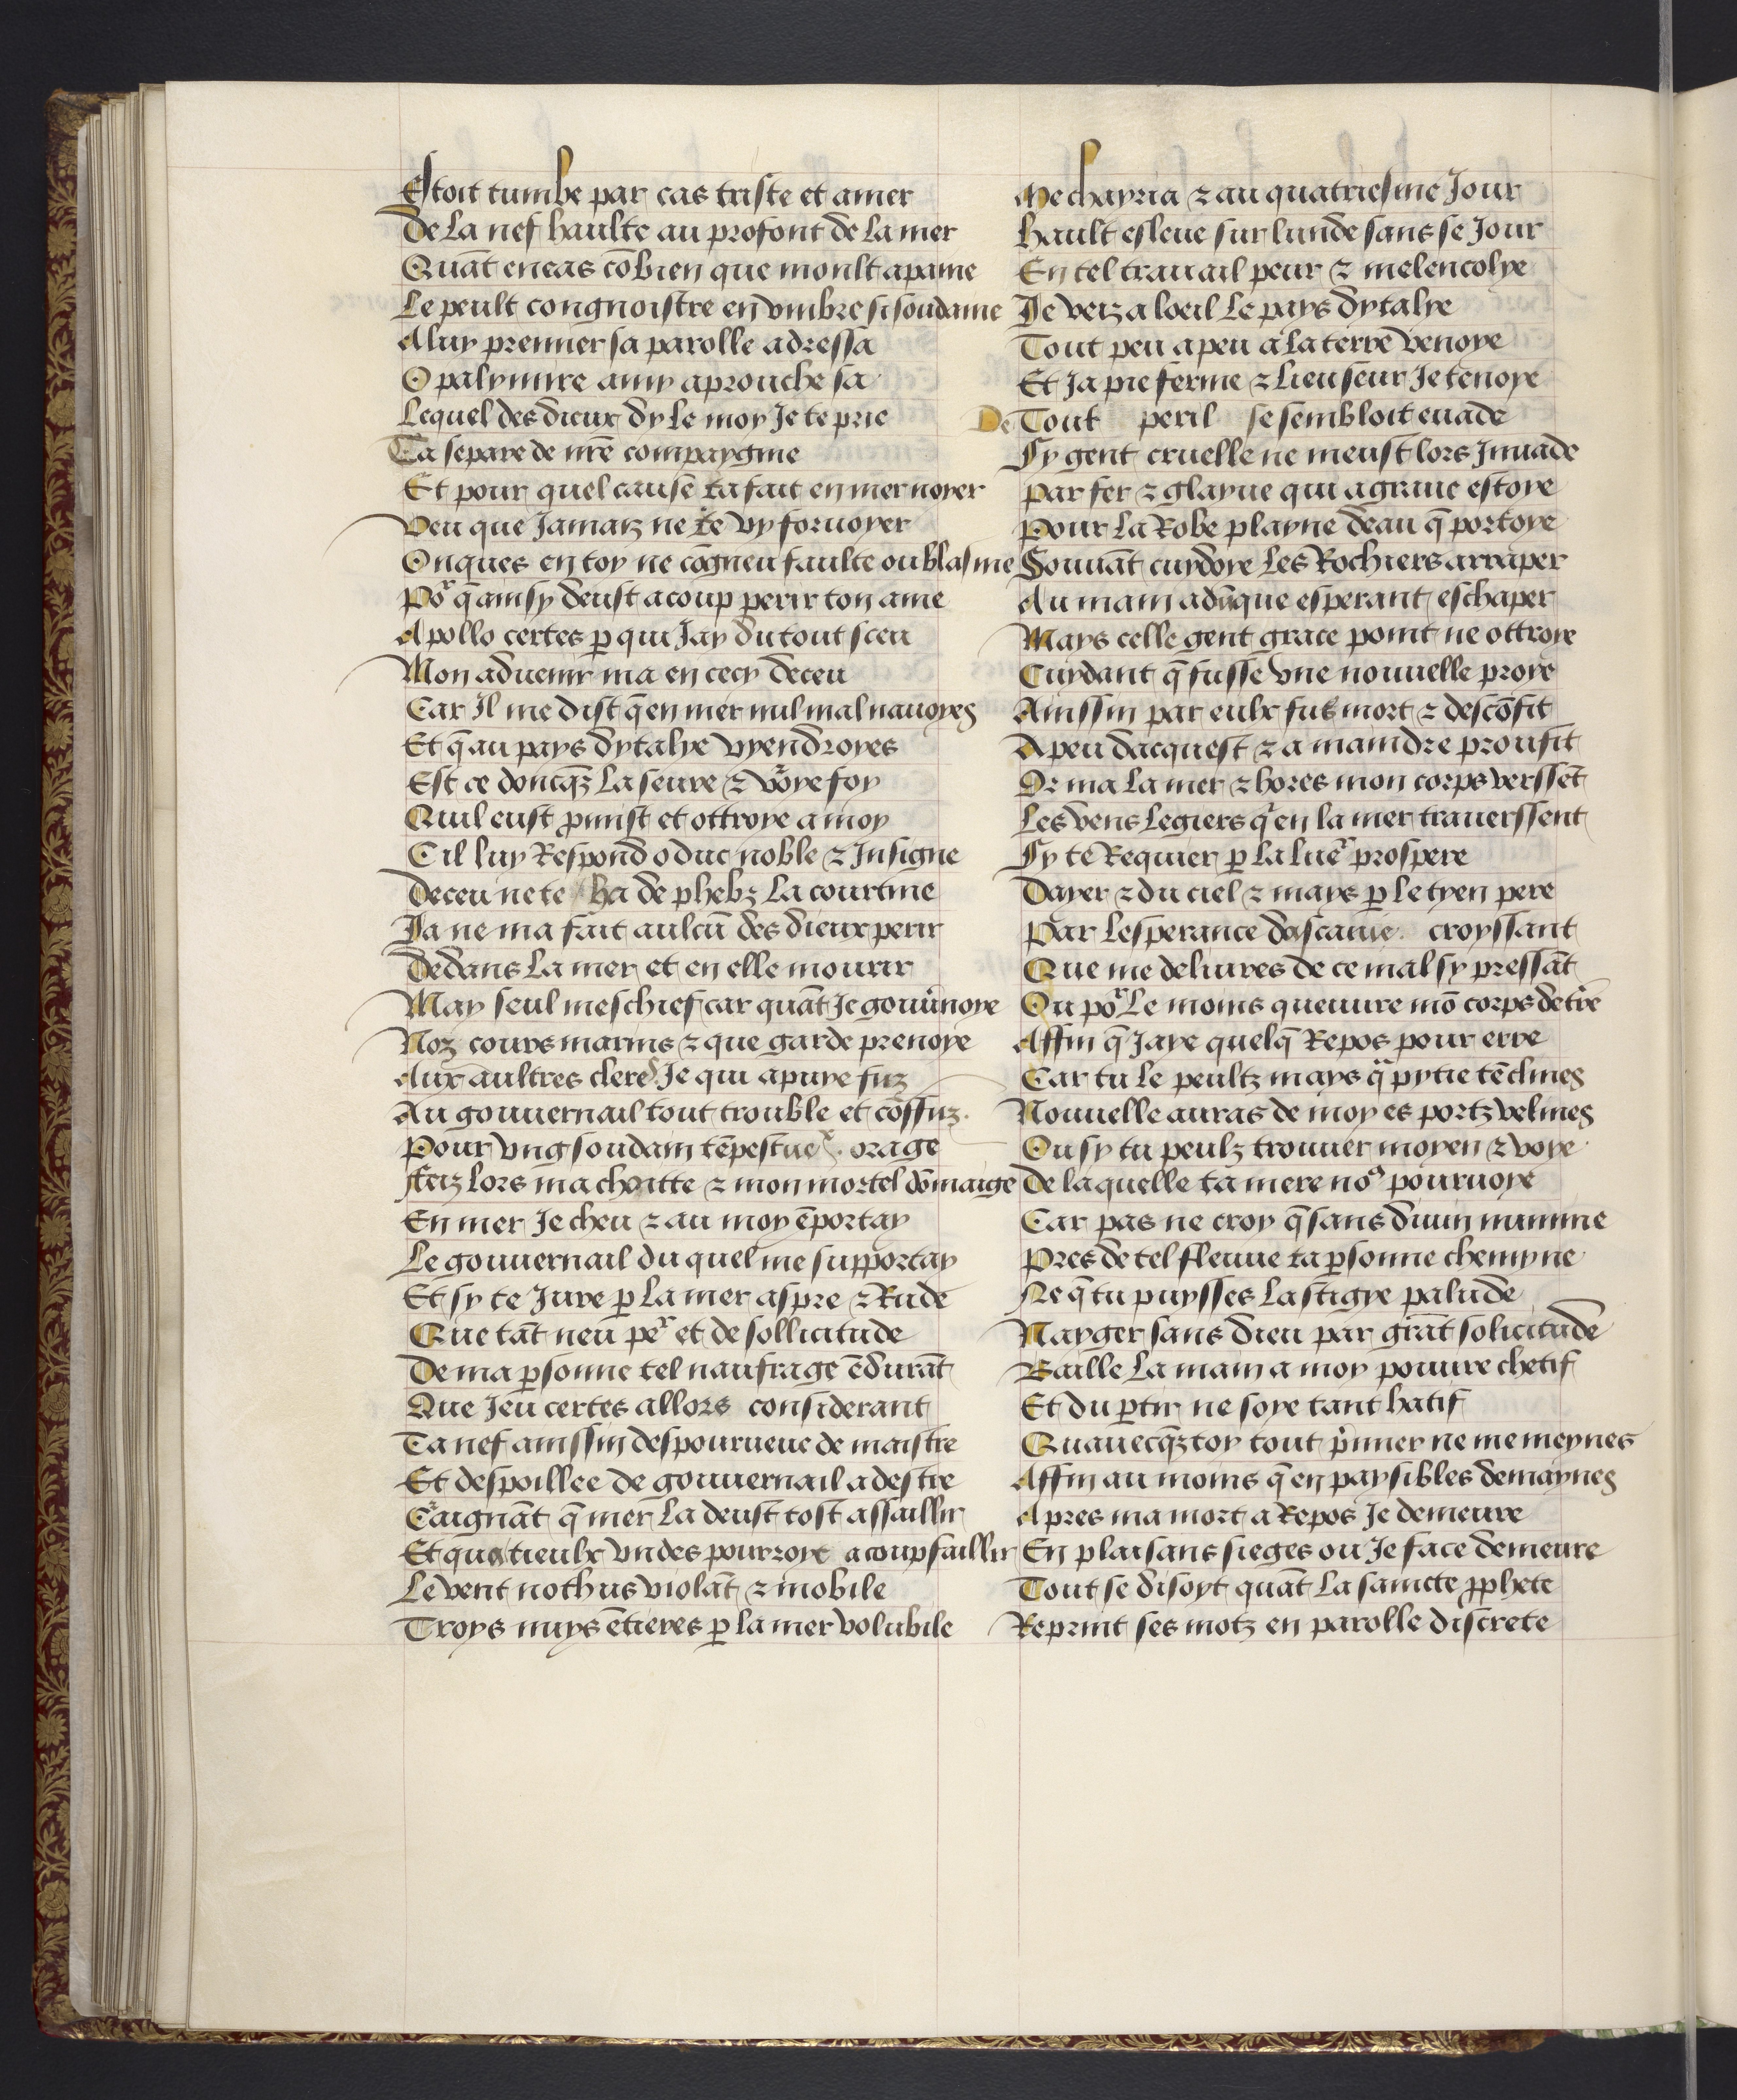
Shelfmark: Philadelphia, University of Pennsylvania, codex 909
Century: 15